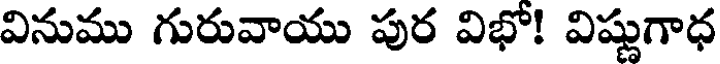
వినుము గురువాయు పుర విభో! విష్ణుగాధ